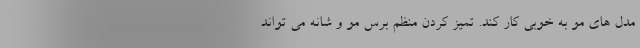
مدل های مو به خوبی کار کند. تمیز کردن منظم برس مو و شانه می تواند